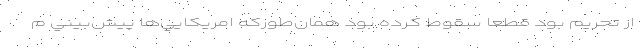
از تحريم بود قطعا سقوط كرده بود همان‌طوركه امريكايي‌ها پيش‌بيني م